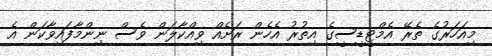
މިއަހަރުގެ ތެރޭ އެމްޓީޑީސީގެ އިތުރު އެހެން ރަށެއް ވިއްކާލަން ވެސް ނިންމާފައިވާކަން އެ